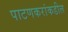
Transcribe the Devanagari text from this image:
पाटणकरांकडील